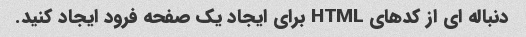
دنباله ای از کدهای HTML برای ایجاد یک صفحه فرود ایجاد کنید.